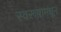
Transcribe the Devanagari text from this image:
स्वरूपामधून